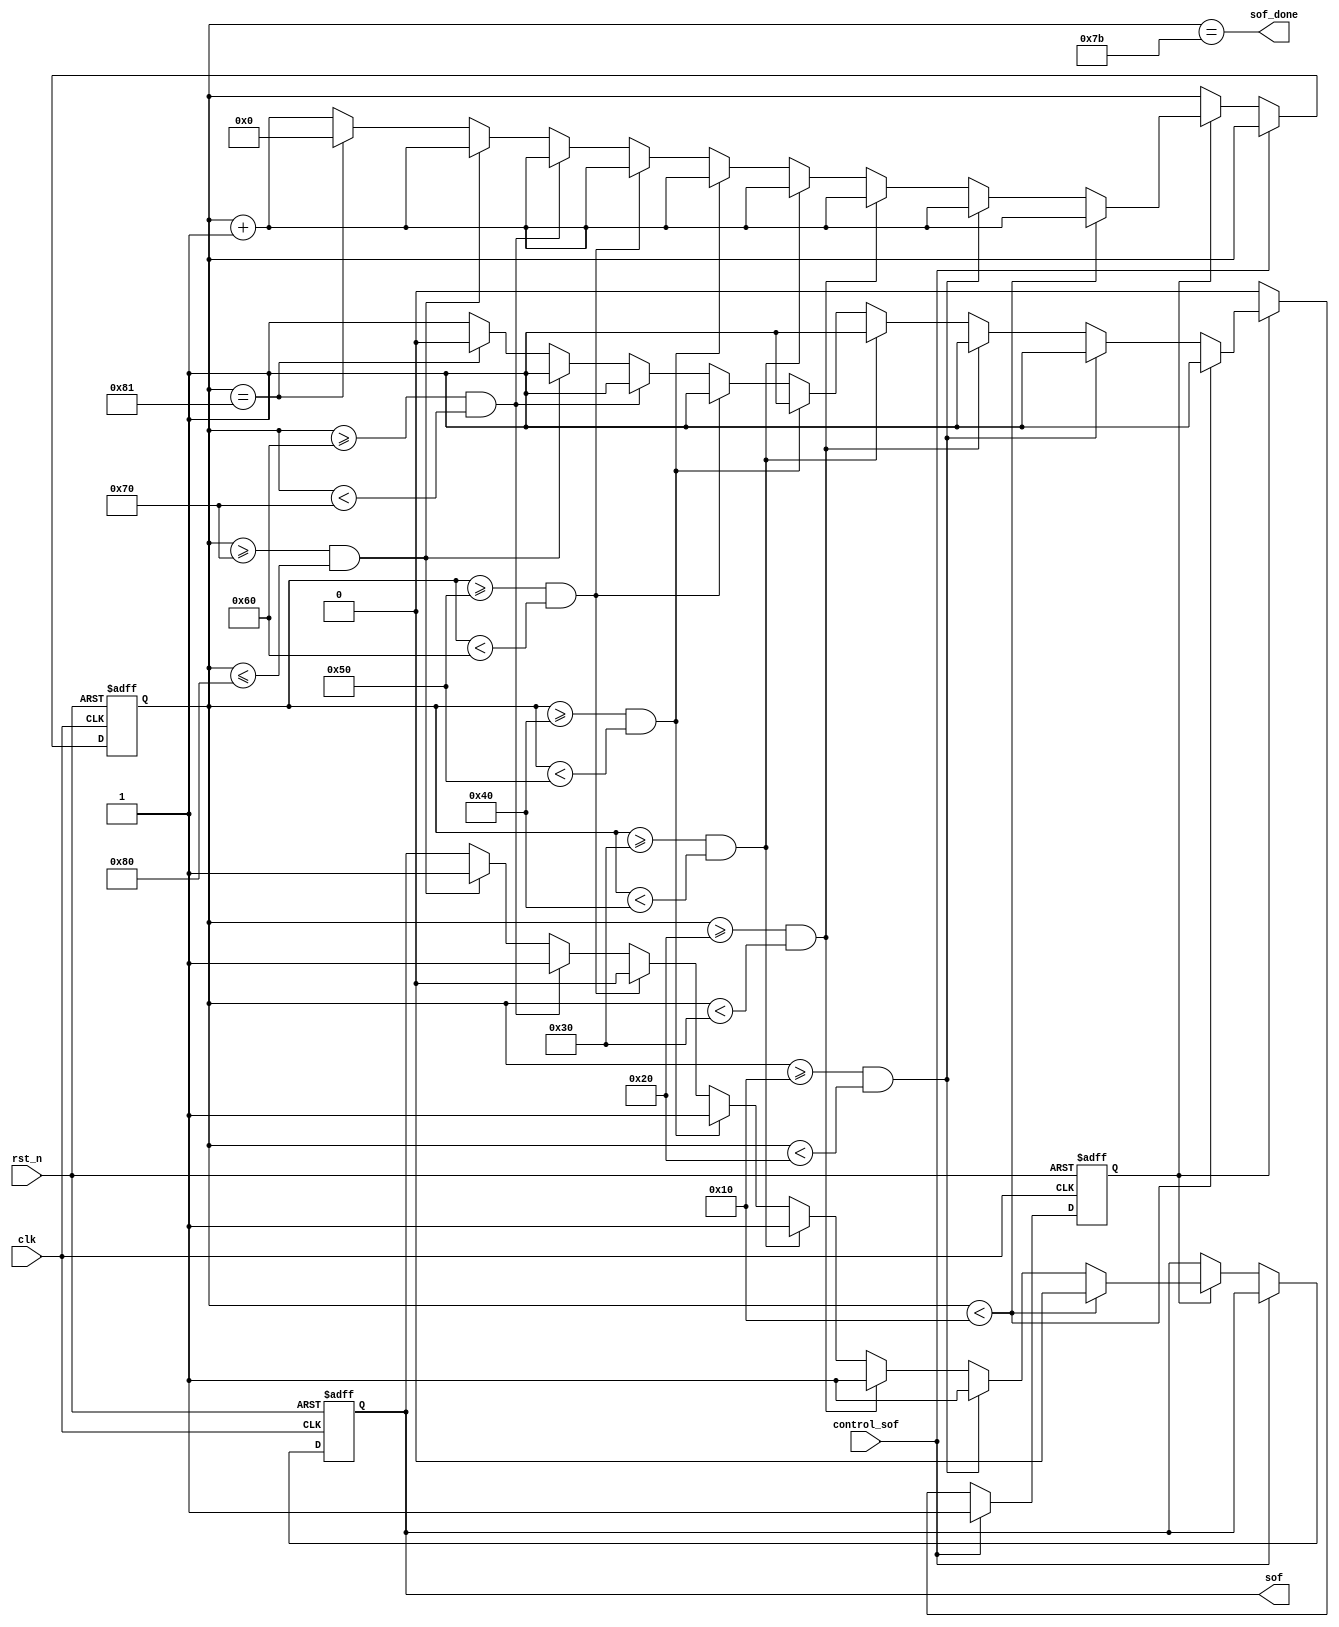
`timescale 1ns / 1ps

module sof(
    input clk,//0.59us
    input rst_n,
    input control_sof,
    output reg sof, //sof?9.44us 16?
    output sof_done
    );
reg [7:0]cnt;
reg flag;
assign sof_done=(cnt==123);
always@(posedge clk or negedge rst_n) begin
    if(!rst_n)begin
        sof <= 1;
        cnt <=0;
        flag <=0;
    end
    else begin
        if(control_sof==1)
            flag<=1;
        else if(flag==1)begin       
            cnt<=cnt+1;
            if(cnt<16)
                sof<=0;
            else if(cnt>=16 && cnt<32)
                sof<=1;
            else if(cnt>=32 && cnt<48)
                sof<=1;
            else if(cnt>=48 && cnt<64)  
                sof<=1;
            else if(cnt>=64 && cnt<80)  
                sof<=1;    
            else if(cnt>=80 && cnt<96)  
                sof<=0;  
            else if(cnt>=96 && cnt<112)  
                sof<=1; 
            else if(cnt>=112 && cnt<=128)  
                sof<=1;
            else if(cnt==129)begin
                cnt<=0;
                flag <=0;
            end
        end  
    end                         
end
endmodule